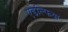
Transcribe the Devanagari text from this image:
एडेल्फिया